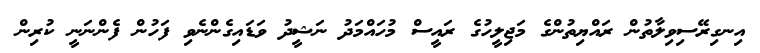
އިނގިރޭސިވިލާތުން ރައްޔިތުންގެ މަޖިލީހުގެ ރައީސް މުހައްމަދު ނަޝީދު ވަޑައިގެންނެވި ފަހުން ފެންނަނީ ކުރިން